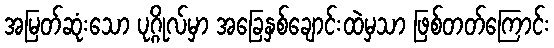
အမြတ်ဆုံးသော ပုဂ္ဂိုလ်မှာ အခြေနှစ်ချောင်းထဲမှသာ ဖြစ်တတ်ကြောင်း